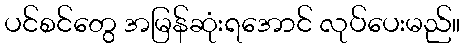
ပင်စင်တွေ အမြန်ဆုံးရအောင် လုပ်ပေးမည်။